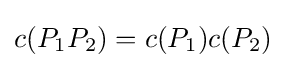
c(P_{1}P_{2})=c(P_{1})c(P_{2})